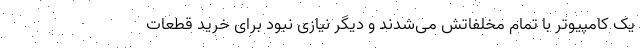
یک کامپیوتر با تمام مخلفاتش می‌شدند و دیگر نیازی نبود برای خرید قطعات